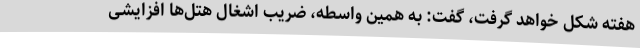
هفته شکل خواهد گرفت، گفت: به همین واسطه، ضریب اشغال هتل‌ها افزایشی